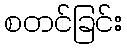
စတင်ခြင်း